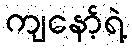
ကျနော့်ရဲ့